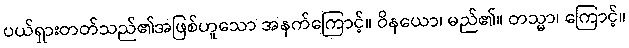
ပယ်ရှားတတ်သည်၏အဖြစ်ဟူသော အနက်ကြောင့်။ ဝိနယော၊ မည်၏။ တသ္မာ၊ ကြောင့်။